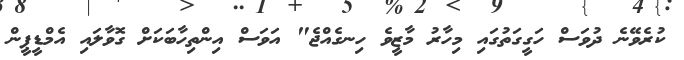
ކުރެވޭނެ ދުވަސް ހަގީގަތުގައި މިހާރު މާޒީވެ ހިނގެއްޖެ" އަވަސް އިންތިހާބަކަށް ގޮވާލައި އެމްޑީޕީން